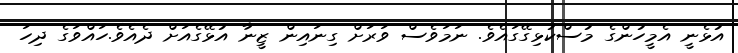
އުޅެނީ އެމީހުންގެ މުސްކުޅިގޭގައެވެ. ނަމަވެސް ވަރަށް ގިނައިން ޒީނާ އުޅޭގެއަށް ދެއެވެ.ހައްވަގެ ދިހަ